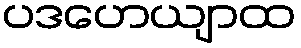
ပဒဟေယျာထ